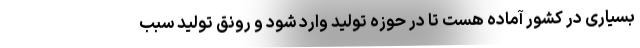
بسیاری در کشور آماده هست تا در حوزه تولید وارد شود و رونق تولید سبب